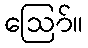
ဪ။